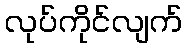
လုပ်ကိုင်လျက်